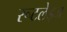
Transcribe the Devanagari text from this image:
रूटलेड्ज